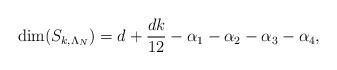
LaTeX: \begin{align*}\dim(S_{k,\Lambda_N})=d+\frac{dk}{12}-\alpha_1-\alpha_2-\alpha_3-\alpha_4,\end{align*}